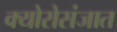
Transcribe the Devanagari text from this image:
क्योरोसंजात